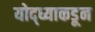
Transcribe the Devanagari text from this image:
योद्ध्याकडून